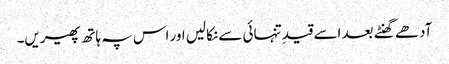
آدھے گھنٹے بعد اسے قیدِ تنہائی سے نکالیں اور اس پہ ہاتھ پھیریں۔